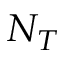
{ { N } _ { T } }